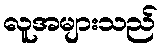
လူအများသည်